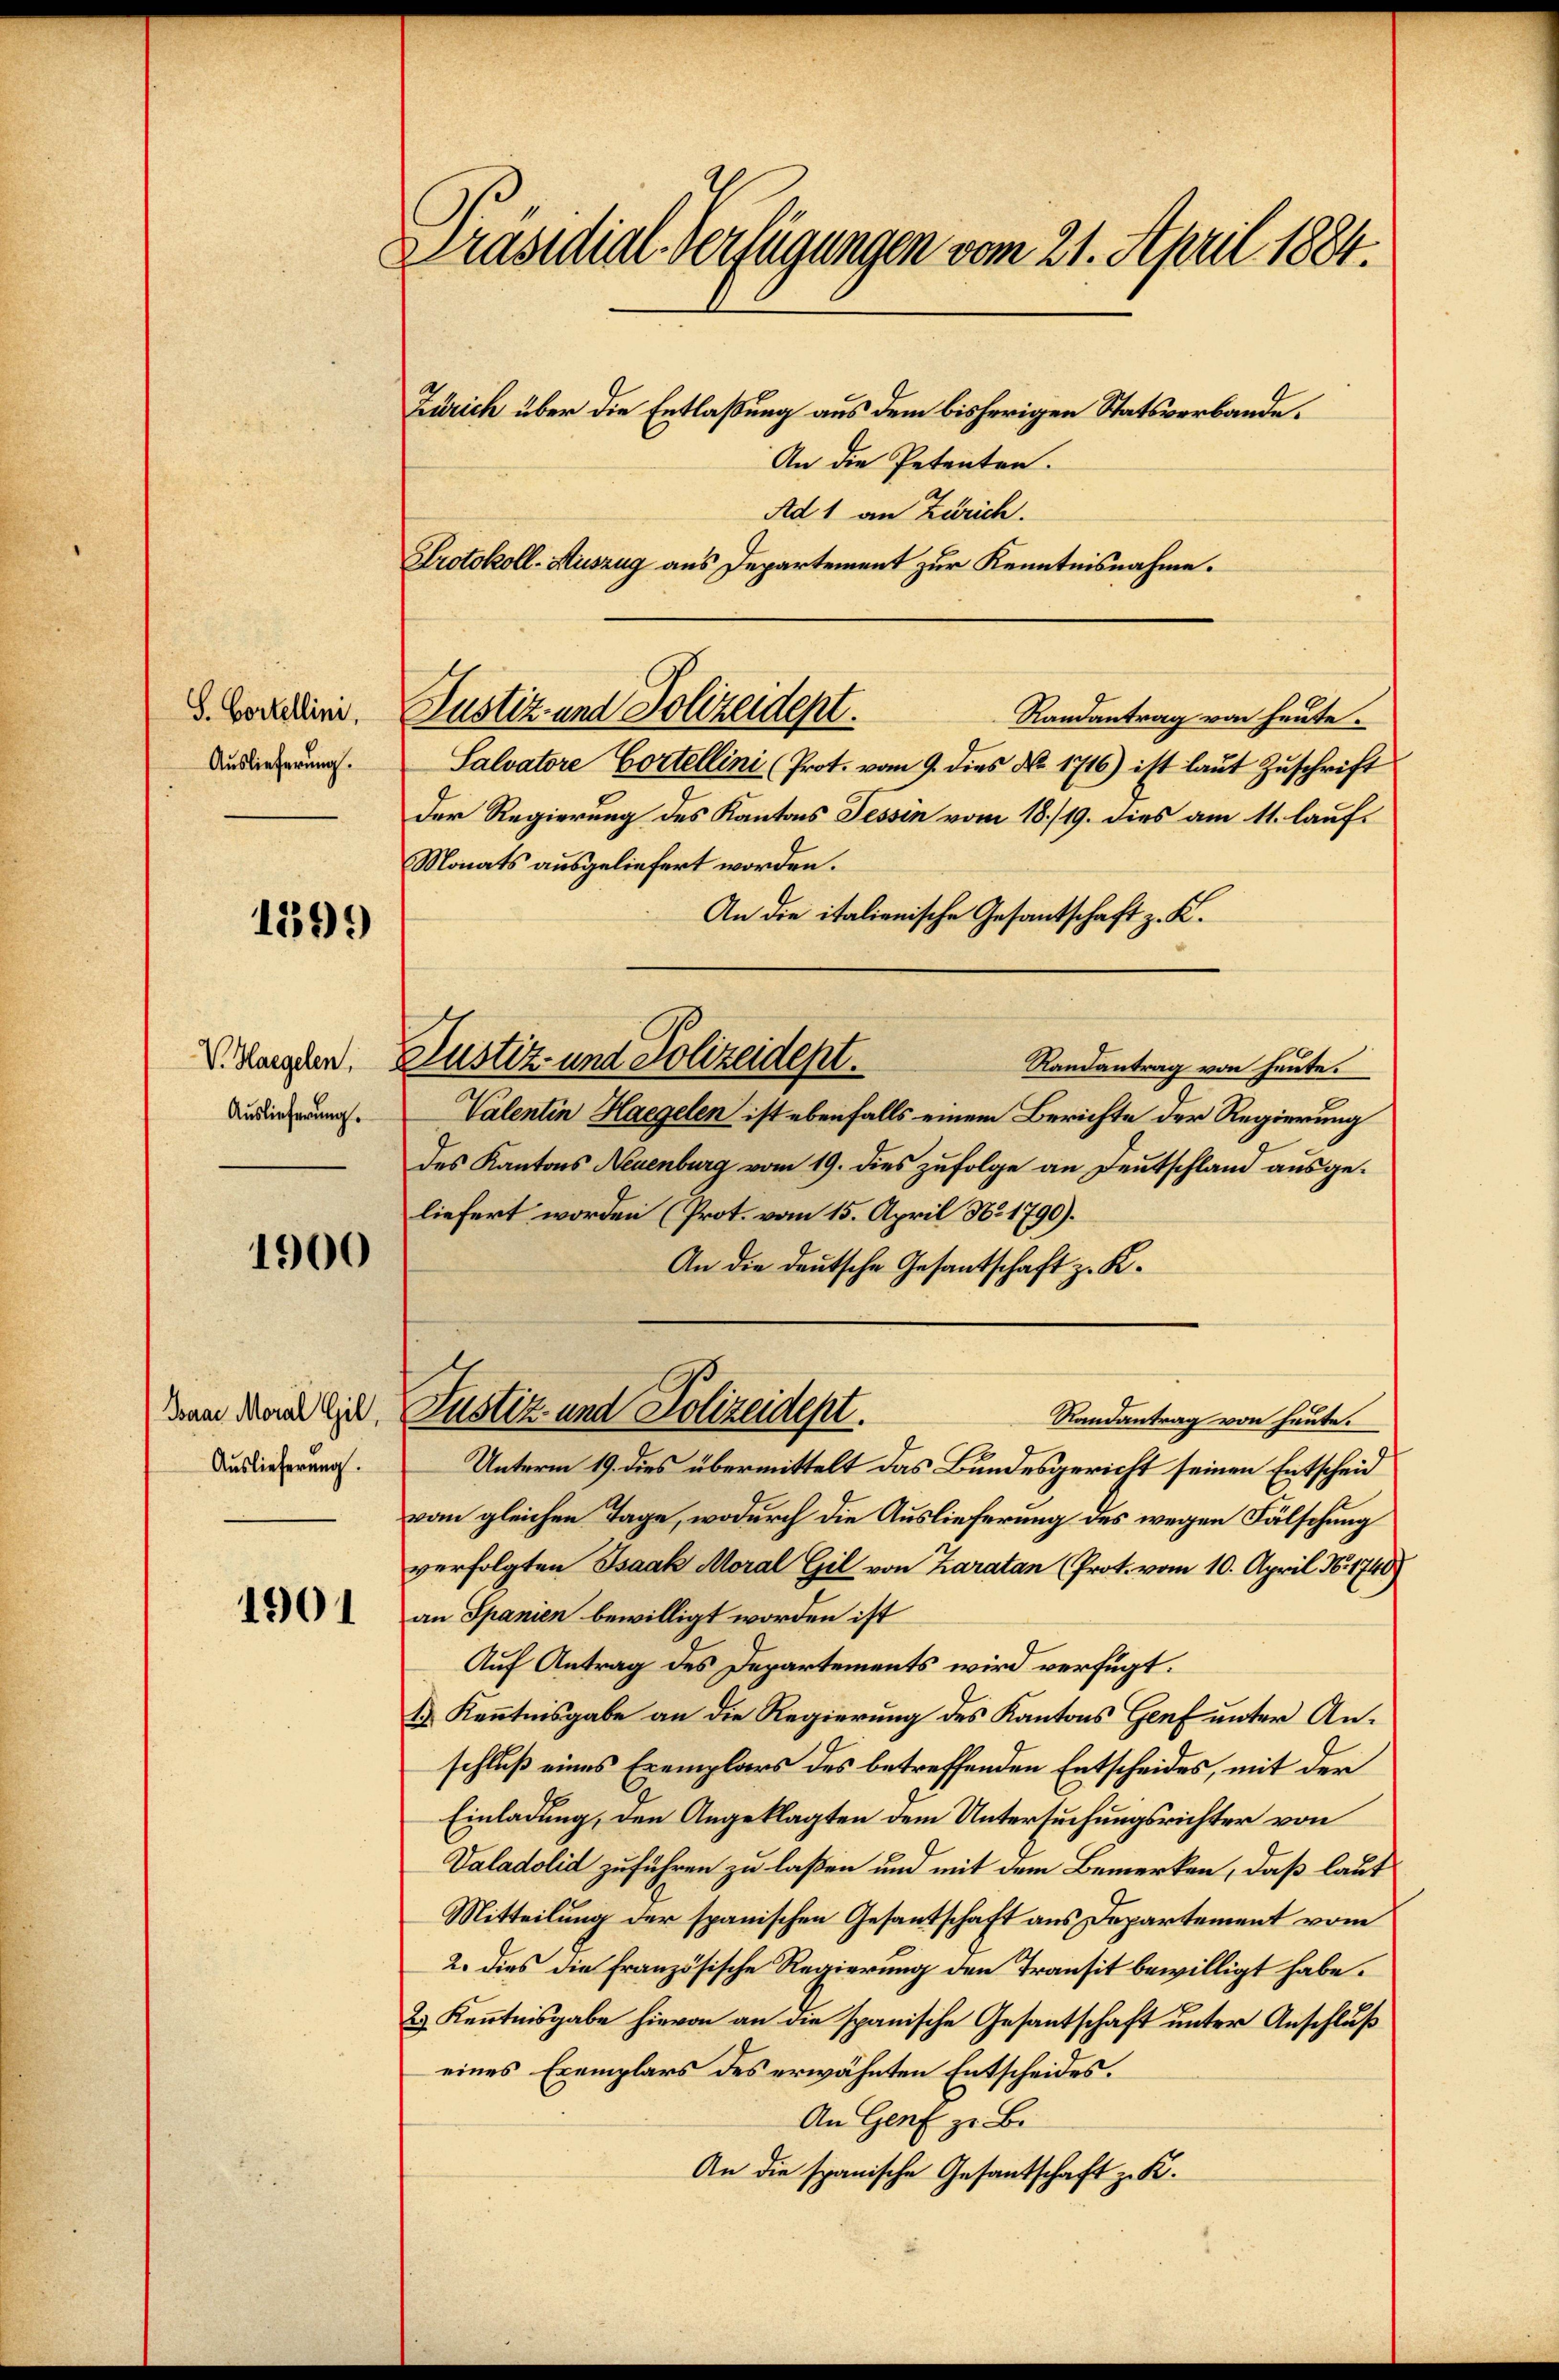
S. Bortellini,
Auslieferung.

1599

V. Haegelen,
Auslieferung.

1900

Auslieferung.

1901

Präsidial-Verfügungen vom 21. April 1884.
Zürich über die Entlaßung aus dem bisherigen Statsverbande.
An die Petenten.

Justiz- und Polizeidept.

Randantrag von heute.
Salvatore Cortellini (Prot. vom 9. dies No. 1716) ist laut Zuschrift
Der Regierung des Kantons Tessin vom 18./19. dies am 11. lauf¬
Monats ausgeliefert worden.
An die italienische Gesantschaft z. B.
Randantrag von heute.
Valentin Haegelen ist ebenfalls einem Berichte der Regierung
des Kantons Neuenburg vom 19. dies zufolge an Deutschland ausge-
liefert worden (Prot. vom 15. April No 1790).
An die deutsche Gesantschaft z. K.
Unterm 19. dies übermittelt das Bundesgericht seinen Entscheid
vom gleichen Tage, wodurch die Auslieferung des wegen Fälschung
verfolgten Isaak Moral Gil von Karatan (Prot. vom 10. April N. 1740)
an Spanien bewilligt worden ist
Auf Antrag des Departements wird verfügt:
1 Kenntnisgabe an die Regierung des Kantons Genf unter Anschluß eines Exemplars des betreffenden Entscheides, mit der
Einladung, den Angeklagten dem Untersuchungsrichter von
Valadolid zuführen zu laßen und mit dem Bemerken, daß laut
Mitteilung der spanischen Gesantschaft aus Departement vom
2. dies die französische Regierung den Transit bewilligt habe.
2.) Kenntnisgabe hievon an die spanische Gesantschaft unter Anschluß
eines Exemplars des erwähnten Entscheides.
An Genf zu B.
An die spanische Gesantschaft z. K.

Ad 1 an Zürich.
Protokoll-Auszug aus Departement zur Kenntnisnahme.

Justiz- und Polizeidept.

denn dann die Justiz- und Polizeident.
Randantrag von heute.